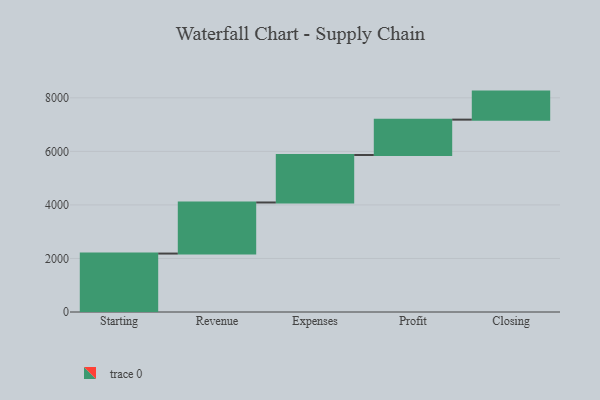
{"axis": {"x": "Step", "y": "Value"}, "legend": [""], "data": [{"x": "Starting", "y": 2183.0, "type": ""}, {"x": "Revenue", "y": 1908.0, "type": ""}, {"x": "Expenses", "y": 1774.0, "type": ""}, {"x": "Profit", "y": 1321.0, "type": ""}, {"x": "Closing", "y": 1047.0, "type": ""}]}